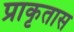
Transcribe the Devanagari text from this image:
प्राकृतास